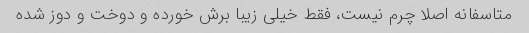
متاسفانه اصلا چرم نیست، فقط خیلی زیبا برش خورده و دوخت و دوز شده